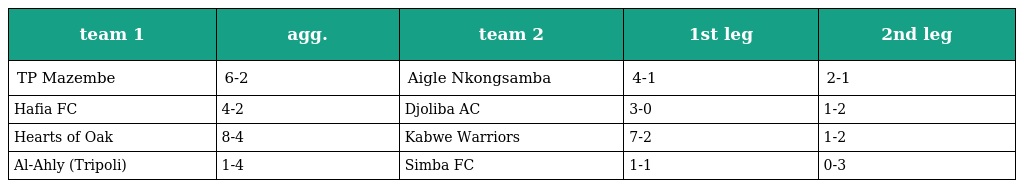
| team 1 | agg. | team 2 | 1st leg | 2nd leg |
 | --- | --- | --- | --- | --- |
 | TP Mazembe | 6-2 | Aigle Nkongsamba | 4-1 | 2-1 |
 | Hafia FC | 4-2 | Djoliba AC | 3-0 | 1-2 |
 | Hearts of Oak | 8-4 | Kabwe Warriors | 7-2 | 1-2 |
 | Al-Ahly (Tripoli) | 1-4 | Simba FC | 1-1 | 0-3 |